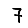
Digit: 7